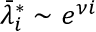
\bar { \lambda } _ { i } ^ { * } \sim e ^ { \nu i }